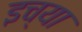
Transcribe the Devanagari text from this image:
इच्या